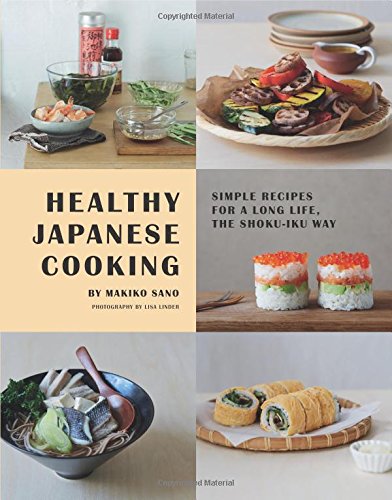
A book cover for Healthy Japanese Cooking: Simple Recipes for a Long Life, the Shoku-Iku Way; Makiko Sano; Cookbooks, Food & Wine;